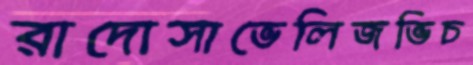
রাদোসাভেলিজভিচ